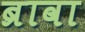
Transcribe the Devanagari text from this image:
ब्रावा